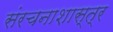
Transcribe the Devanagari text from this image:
संरचनाशास्त्र